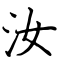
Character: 汝